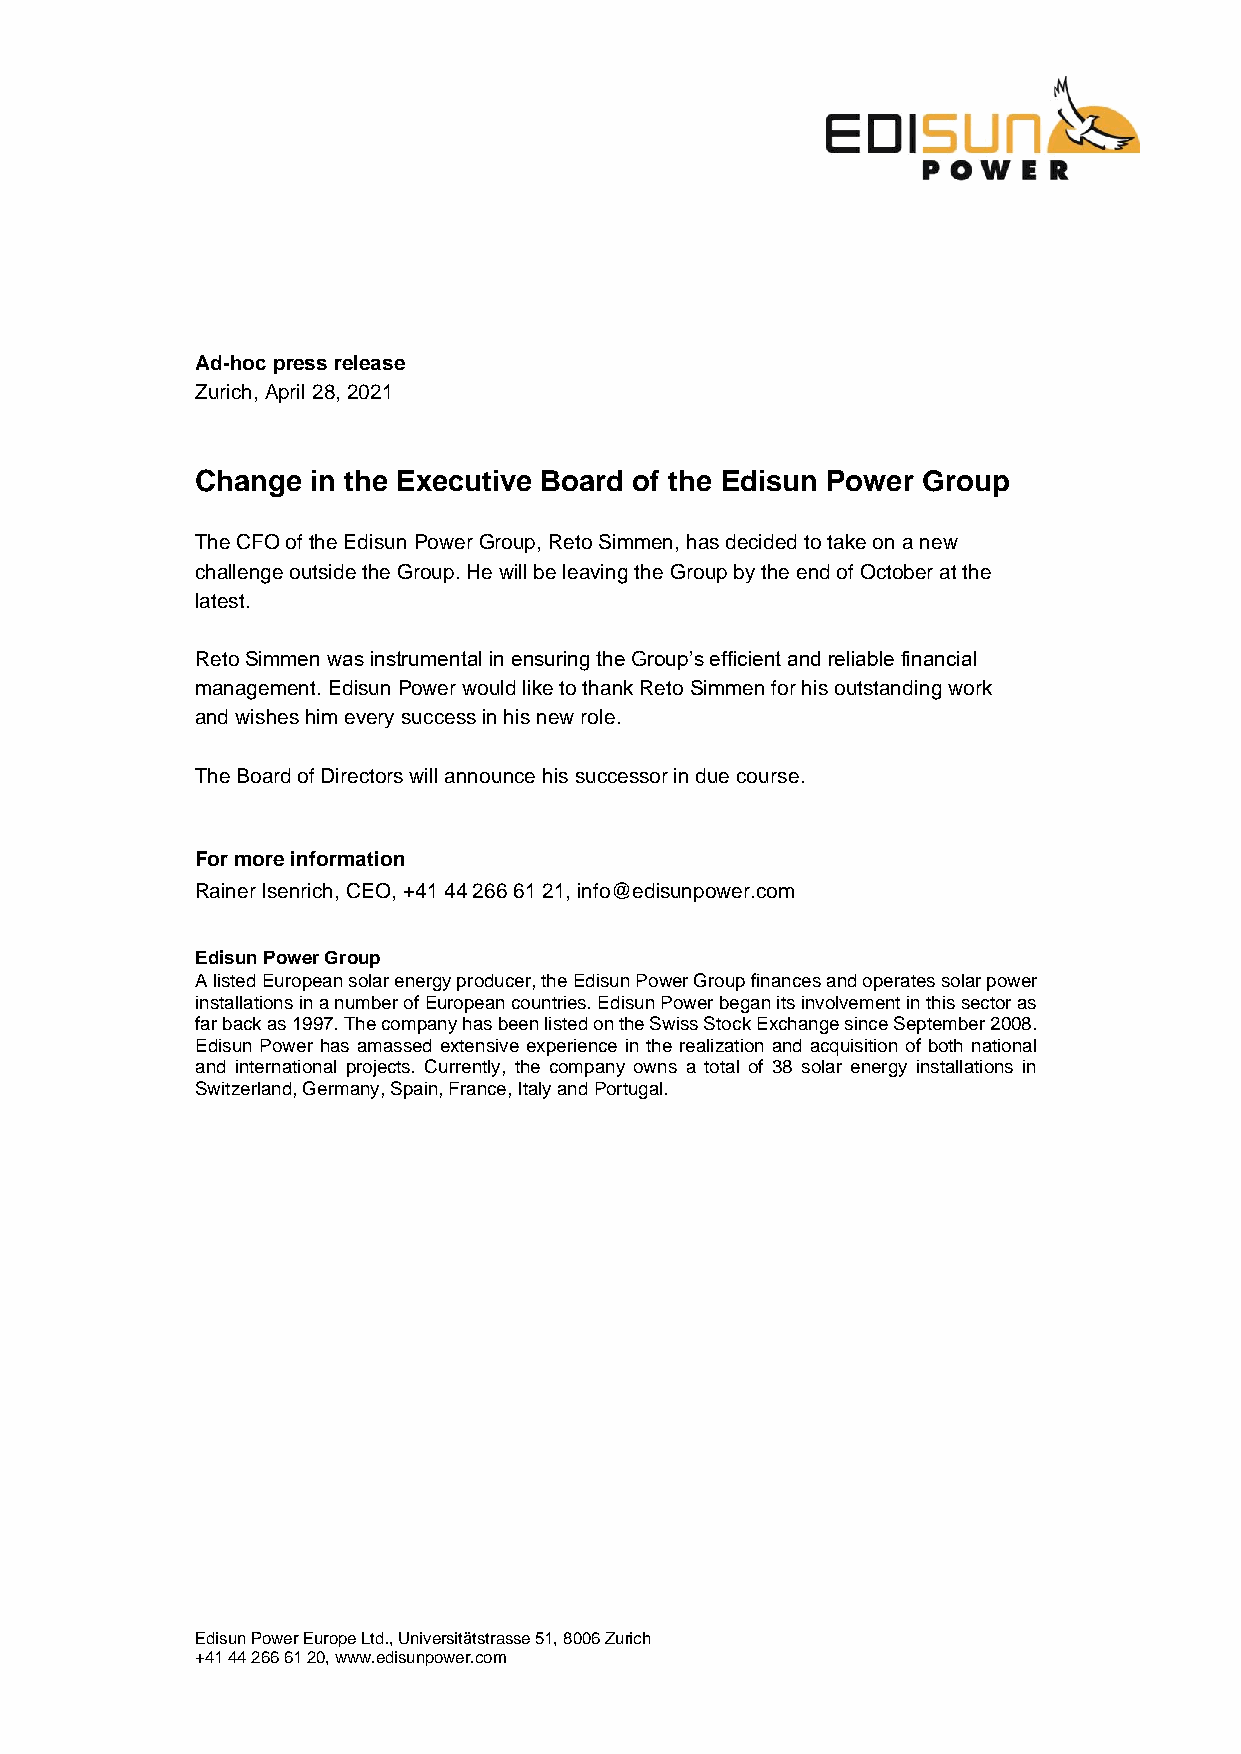
Ad-hoc press release
 Zurich, April 28, 2021
 Change  in the Executive Board of the Edisun Power Group
 The CFO of the Edisun Power Group, Reto Simmen, has decided to take on a new
 challenge outside the Group. He will be leaving the Group by the end of October at the
 latest.
 Reto Simmen was instrumental in ensuring the Group’s efficient and reliable financial
 management. Edisun Power would like to thank Reto Simmen for his outstanding work
 and wishes him every success in his new role.
 The Board of Directors will announce his successor in due course.
 For more information
 Rainer Isenrich, CEO, +41 44 266 61 21, info@edisunpower.com
 Edisun Power Group
 A listed European solar energy producer, the Edisun Power Group finances and operates solar power
 installations in a number of European countries. Edisun Power began its involvement in this sector as
 far back as 1997. The company has been listed on the Swiss Stock Exchange since September 2008.
 Edisun Power has amassed extensive experience in the realization and acquisition of both national
 and international projects. Currently, the company owns a total of 38 solar energy installations in
 Switzerland, Germany, Spain, France, Italy and Portugal.
 Edisun Power Europe Ltd., Universitätstrasse 51, 8006 Zurich
 +41 44 266 61 20, www.edisunpower.com